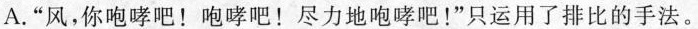
A. “风，你咆哮吧！咆哮吧！尽力地咆哮吧！”只运用了排比的手法。